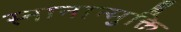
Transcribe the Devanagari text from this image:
स्नानान्मुक्ति